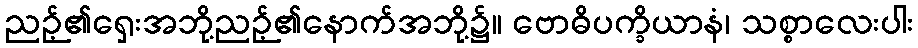
ညဉ့်၏ရှေးအဘို့ညဉ့်၏နောက်အဘို့၌။ ဗောဓိပက္ခိယာနံ၊ သစ္စာလေးပါး